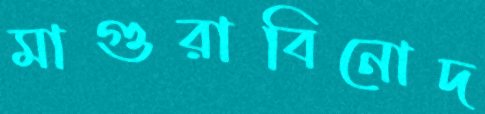
মাগুরাবিনোদ